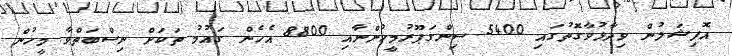
އޮފިޝަލުން ވިދާޅުވާގޮތުގައި 5400 ސިންގަޕޫރުމީހުންނާއި 8800 އެހެން ގައުމު ތަކަށް ނިސްބަތްވާ މީހުން